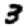
Digit: 3